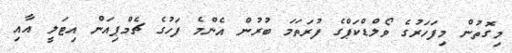
މިގޮތުން މިފަހަރުގެ ވޯލްޑްކަޕްގެ ފުރަތަމަ ބުރުން އެންމެ ފަހުގެ ޗެމްޕިއަން އިޓަލީ އާއި